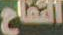
التفاح